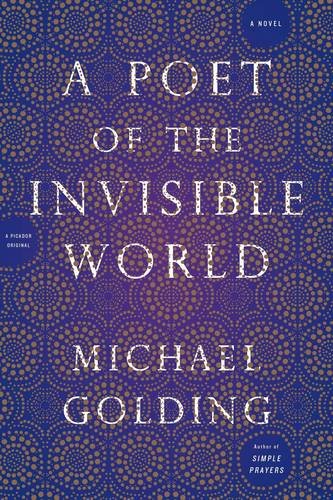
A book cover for A Poet of the Invisible World: A Novel; Michael Golding; Literature & Fiction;